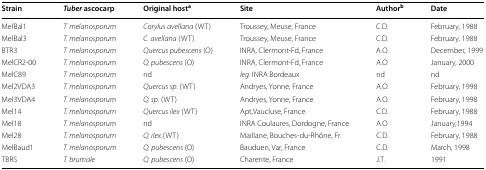
| Strain | Tuber ascocarp | Original hosta | Site | Authorb | Date |
 | --- | --- | --- | --- | --- | --- |
 | MelBal1 | T. melanosporum | Corylus avellana (WT) | Troussey, Meuse, France | C.D. | February, 1988 |
 | MelBal3 | T. melanosporum | C. avellana (WT) | Troussey, Meuse, France | C.D. | February, 1988 |
 | BTR3 | T. melanosporum | Quercus pubescens (O) | INRA, Clermont-Fd, France | A.O. | December, 1999 |
 | MelCR2-00 | T. melanosporum | Q. pubescens (O) | INRA, Clermont-Fd, France | A.O | January, 2000 |
 | MelC89 | T. melanosporum | nd | leg. INRA Bordeaux | nd | nd |
 | Mel2VDA3 | T. melanosporum | Quercus sp. (WT) | Andryes, Yonne, France | A.O. | February, 1998 |
 | Mel3VDA4 | T. melanosporum | Q. sp. (WT) | Andryes, Yonne, France | A.O. | February, 1998 |
 | Mel14 | T. melanosporum | Quercus ilex (WT) | Apt,Vaucluse, France | C.D. | February, 1988 |
 | Mel18 | T. melanosporum | nd | INRA Coulaures, Dordogne, France | A.O | January,1994 |
 | Mel28 | T. melanosporum | Q. ilex (WT) | Maillane, Bouches-du-Rhône, Fr. | C.D. | February, 1988 |
 | MelBaud1 | T. melanosporum | Q. pubescens (O) | Bauduen, Var, France | C.D. | March, 1998 |
 | TBRS | T. brumale | Q. pubescens (O) | Charente, France | J.T. | 1991 |